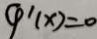
4 ^ { \prime } ( x ) = 0